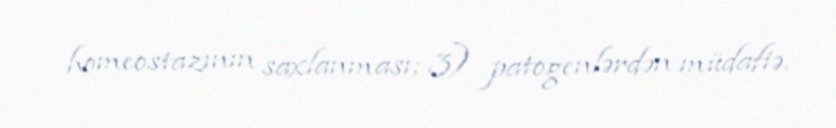
homeostazının saxlanması; 3) patogenlərdən müdafiə.